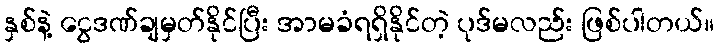
နှစ်နဲ့ ငွေဒဏ်ချမှတ်နိုင်ပြီး အာမခံရရှိနိုင်တဲ့ ပုဒ်မလည်း ဖြစ်ပါတယ်။